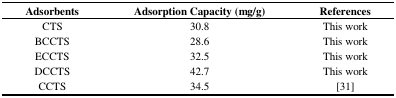
<table><thead><tr><td><b>Adsorbents</b></td><td><b>Adsorption Capacity (mg/g)</b></td><td><b>References</b></td></tr></thead><tbody><tr><td>CTS</td><td>30.8</td><td>This work</td></tr><tr><td>BCCTS</td><td>28.6</td><td>This work</td></tr><tr><td>ECCTS</td><td>32.5</td><td>This work</td></tr><tr><td>DCCTS</td><td>42.7</td><td>This work</td></tr><tr><td>CCTS</td><td>34.5</td><td>[31]</td></tr></tbody></table>